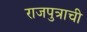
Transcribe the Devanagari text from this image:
राजपुत्राची